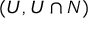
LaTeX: ( U , U \cap N )